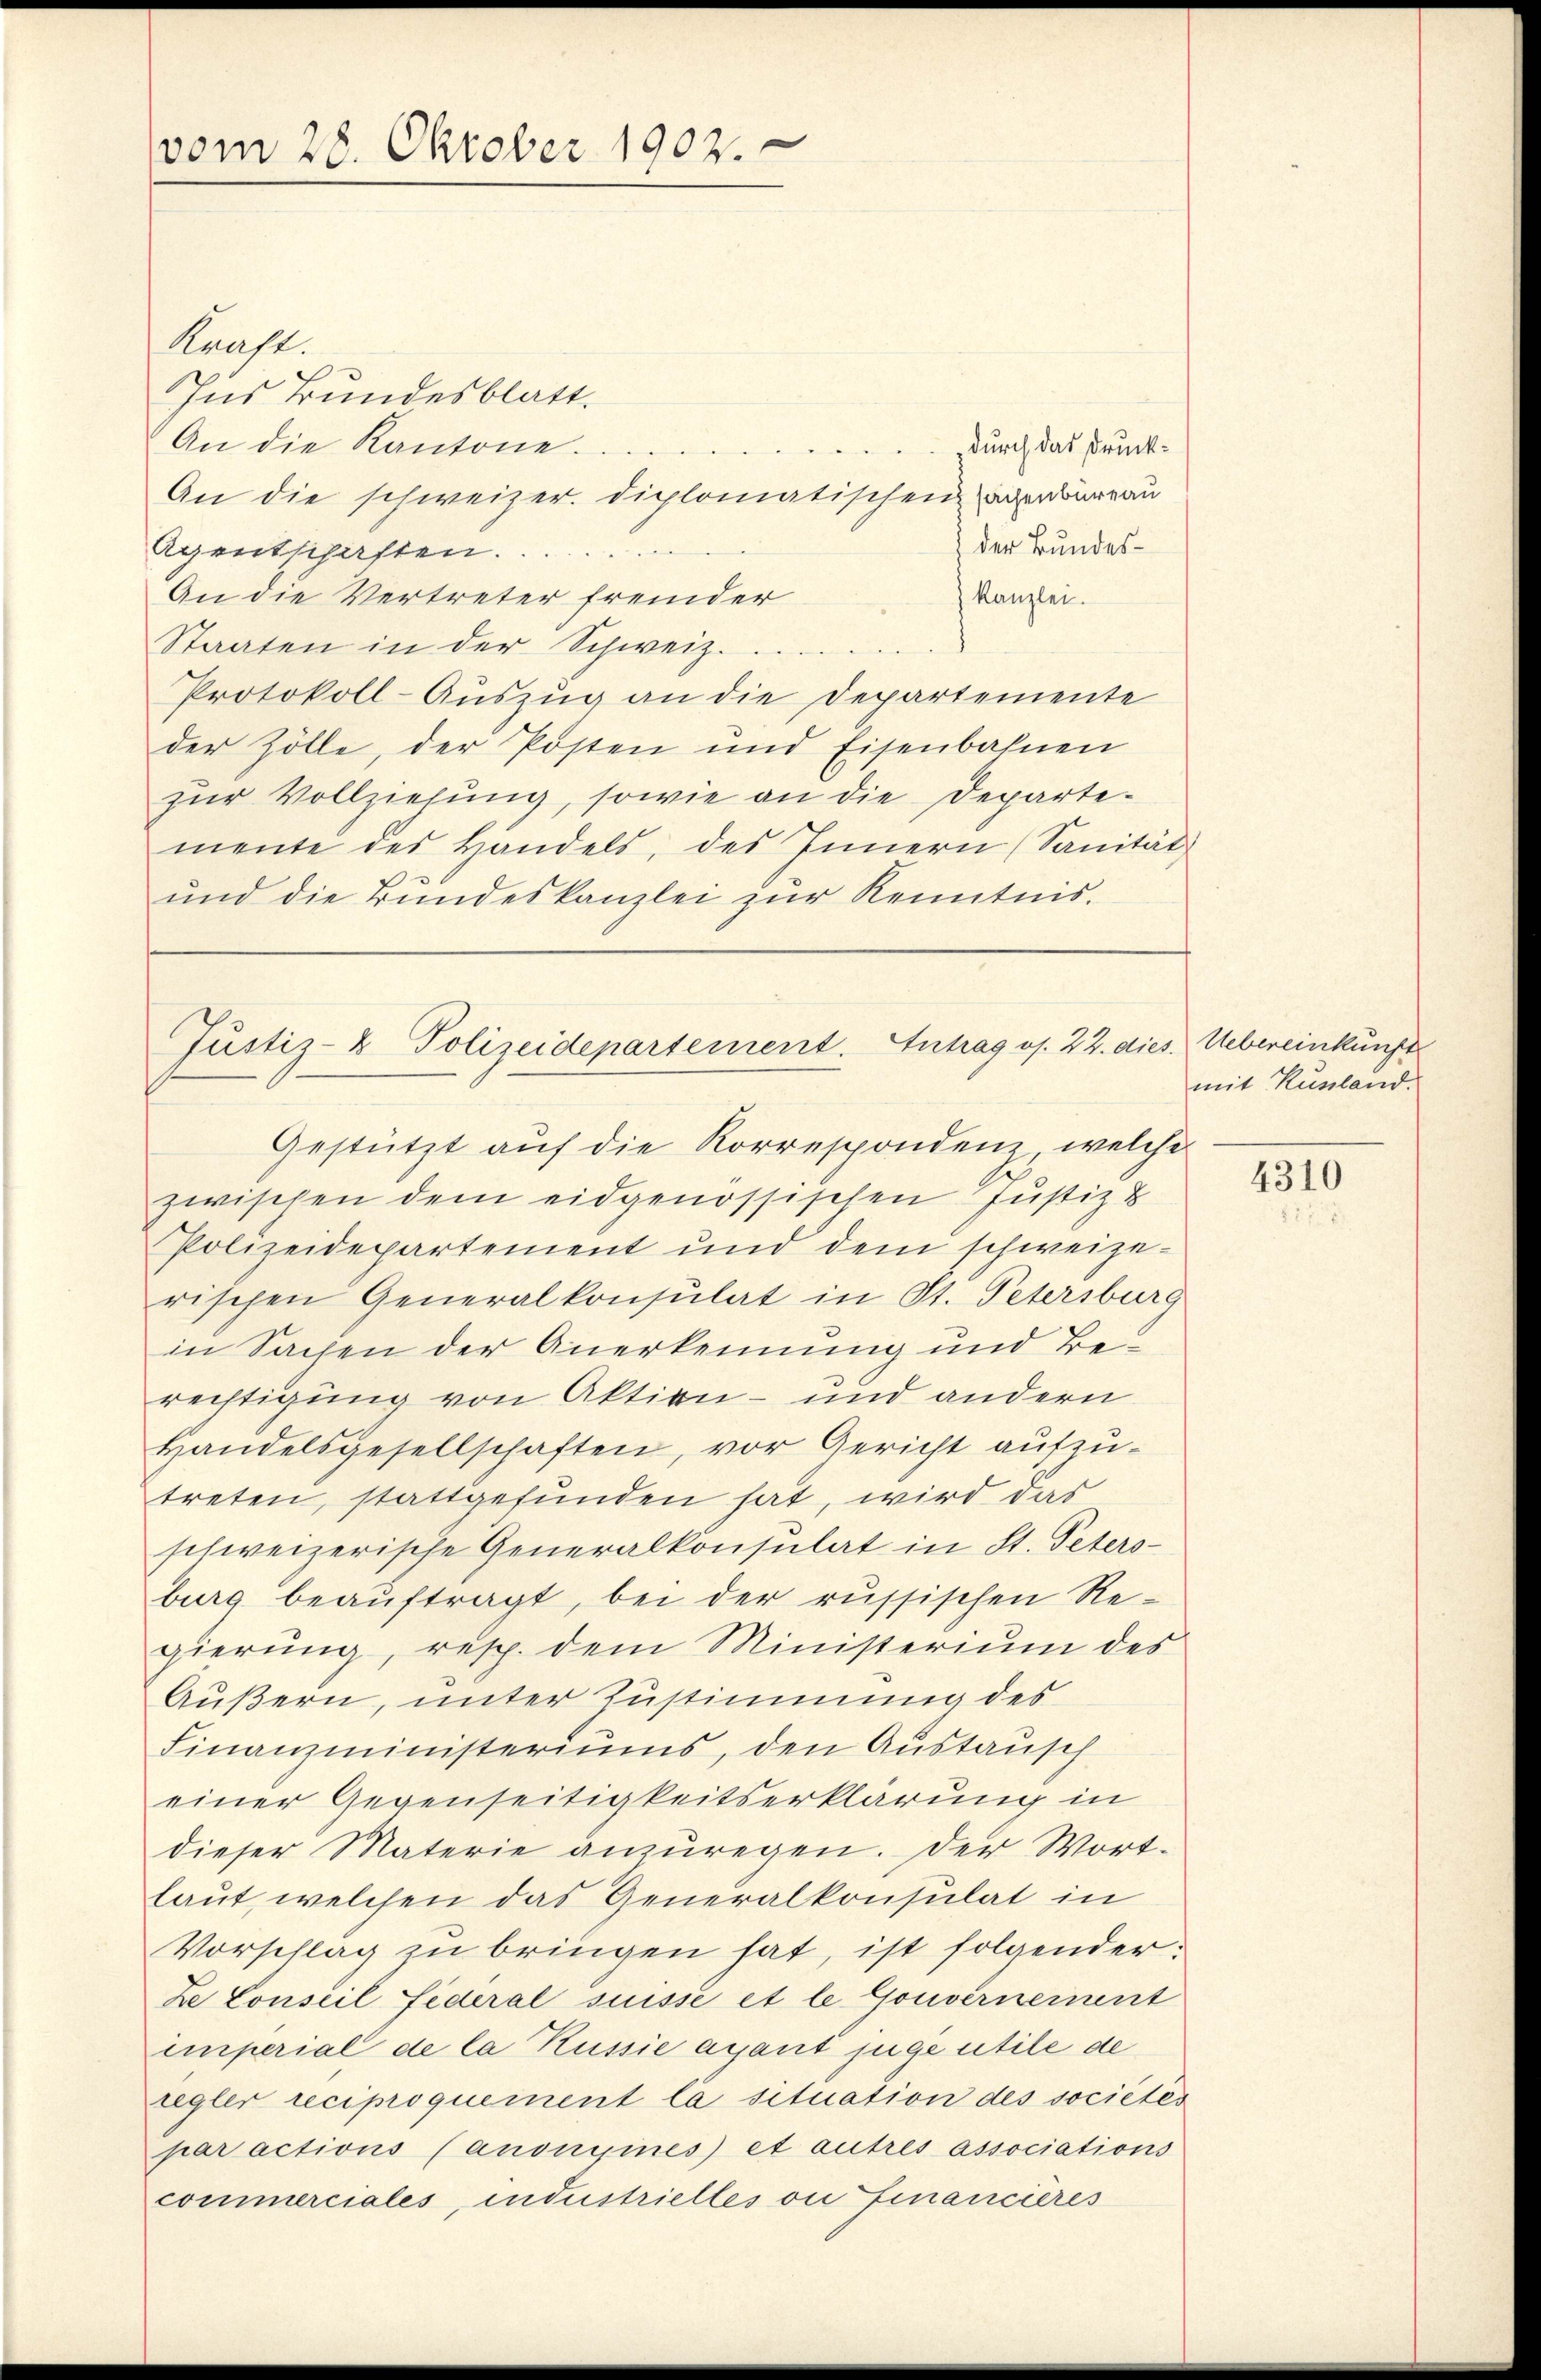
vom 28. Oktober 1902.

Knast.
Ins Bundesblatt.
An die Kantone.
An die schweizer. diplomatischen Tagenbureau
der Bundes¬
Agentschaften.
An die Vertreter fremder
) Kanzlei.
Staaten in der Schweiz.
Protokoll-Auszug an die Departemente
der Zölle, der Posten und Eisenbahnen
zur Vollziehung, sowie an die Departemente des Handels, des Innern (Sanität
und die Bundeskanzlei zŭr Kenntnis.

zwischen dem eidgenössischen Justiz &
Polizeidepartement und dem schweizerischen Generalkonsulat in St. Petersburg
in Sachen der Anerkennung und Berechtigung von Aktion - und andern
Handelsgesellschaften, vor Gericht aufzutreten, stattgefunden hat, wird das
schweizerische Generalkonsulat in St. Peters-
burg beauftragt, bei der russischen Regierŭng, resp. dem Ministerium des
Äußern, unter Zustimmung des
Finanzministeriums, den Austausch
einer Gegenseitigkeitserklärung in
dieser Materie anzuregen. Der Wortlaut, welchen das Generalkonsulat in
Vorschlag zu bringen hat, ist folgender:
ze Conseil fédéral suisse et le Gouvernement
imperial de la Russie agant juge utile de
regler reciproquement la situation des sociétés
par actions (anonisines et autres associations
commerciales, industrielles vu Financieres

durch das Druck¬

Justiz- & Polizeidepartement. Antrag os. 22. dies Uebereinkunft
Gestützt aŭf die Korrespondenz, welche

mit Russland.

4310